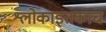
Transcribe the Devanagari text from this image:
श्लोकाइतकाच